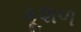
કૂશળ